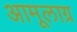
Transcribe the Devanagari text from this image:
अामूलाग्र